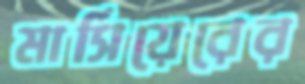
মার্সিয়েরের